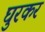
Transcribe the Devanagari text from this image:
घुरकर